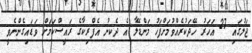
ޖަލުގައި 27 އަހަރު ހޭދަކުރެއްވުމަށްފަހު މަންޑޭލާ އެ ދެކނު އެފްރިކާގެ ރައީސްކަމަށް ވަޑައިގެންނެވީ